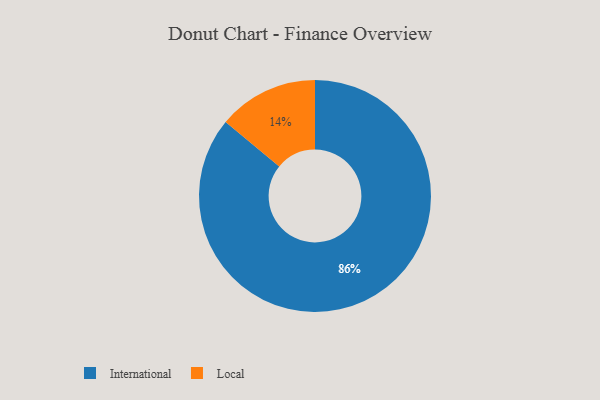
{"axis": {"x": "Category", "y": "Percentage"}, "legend": ["International", "Local"], "data": [{"x": "International", "y": 86, "type": "International"}, {"x": "Local", "y": 14, "type": "Local"}]}